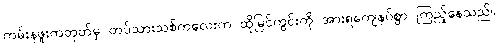
ကမ်းနဖူးကတုတ်မှ တပ်သားသစ်ကလေးက ထိုမြင်ကွင်းကို အားရကျေနပ်စွာ ကြည့်နေသည်။